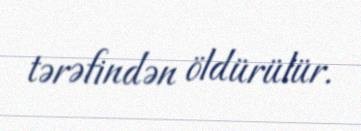
tərəfindən öldürülür.